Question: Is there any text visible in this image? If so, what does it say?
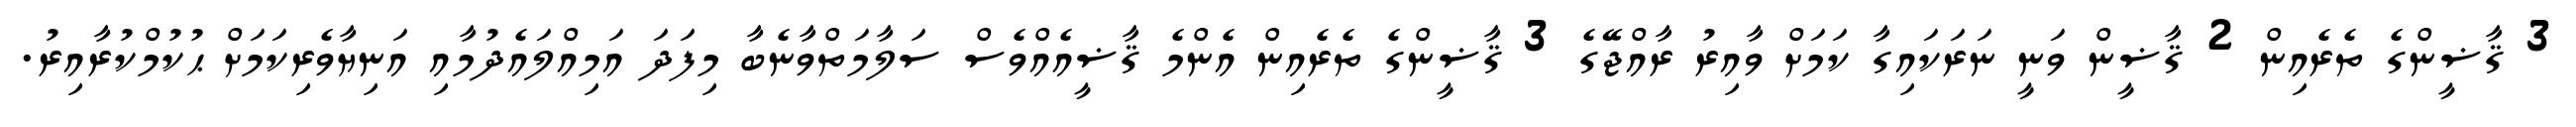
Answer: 3 ޤާޟީންގެ ތެރެއިން 2 ޤާޟީން ވަނީ ނަރަކައިގާ ކަމަށް ވާއިރު ރާއްޖޭގެ 3 ޤާޟީންގެ ތެރެއިން އެންމެ ޤާޟީއެއްވެސް ސަލާމަތްވާނެބާ މިފަދަ އަމިއްލައެދުމާއި އަނިޔާވެރިކަމަށް ޙުކުމްކުރާއިރު.